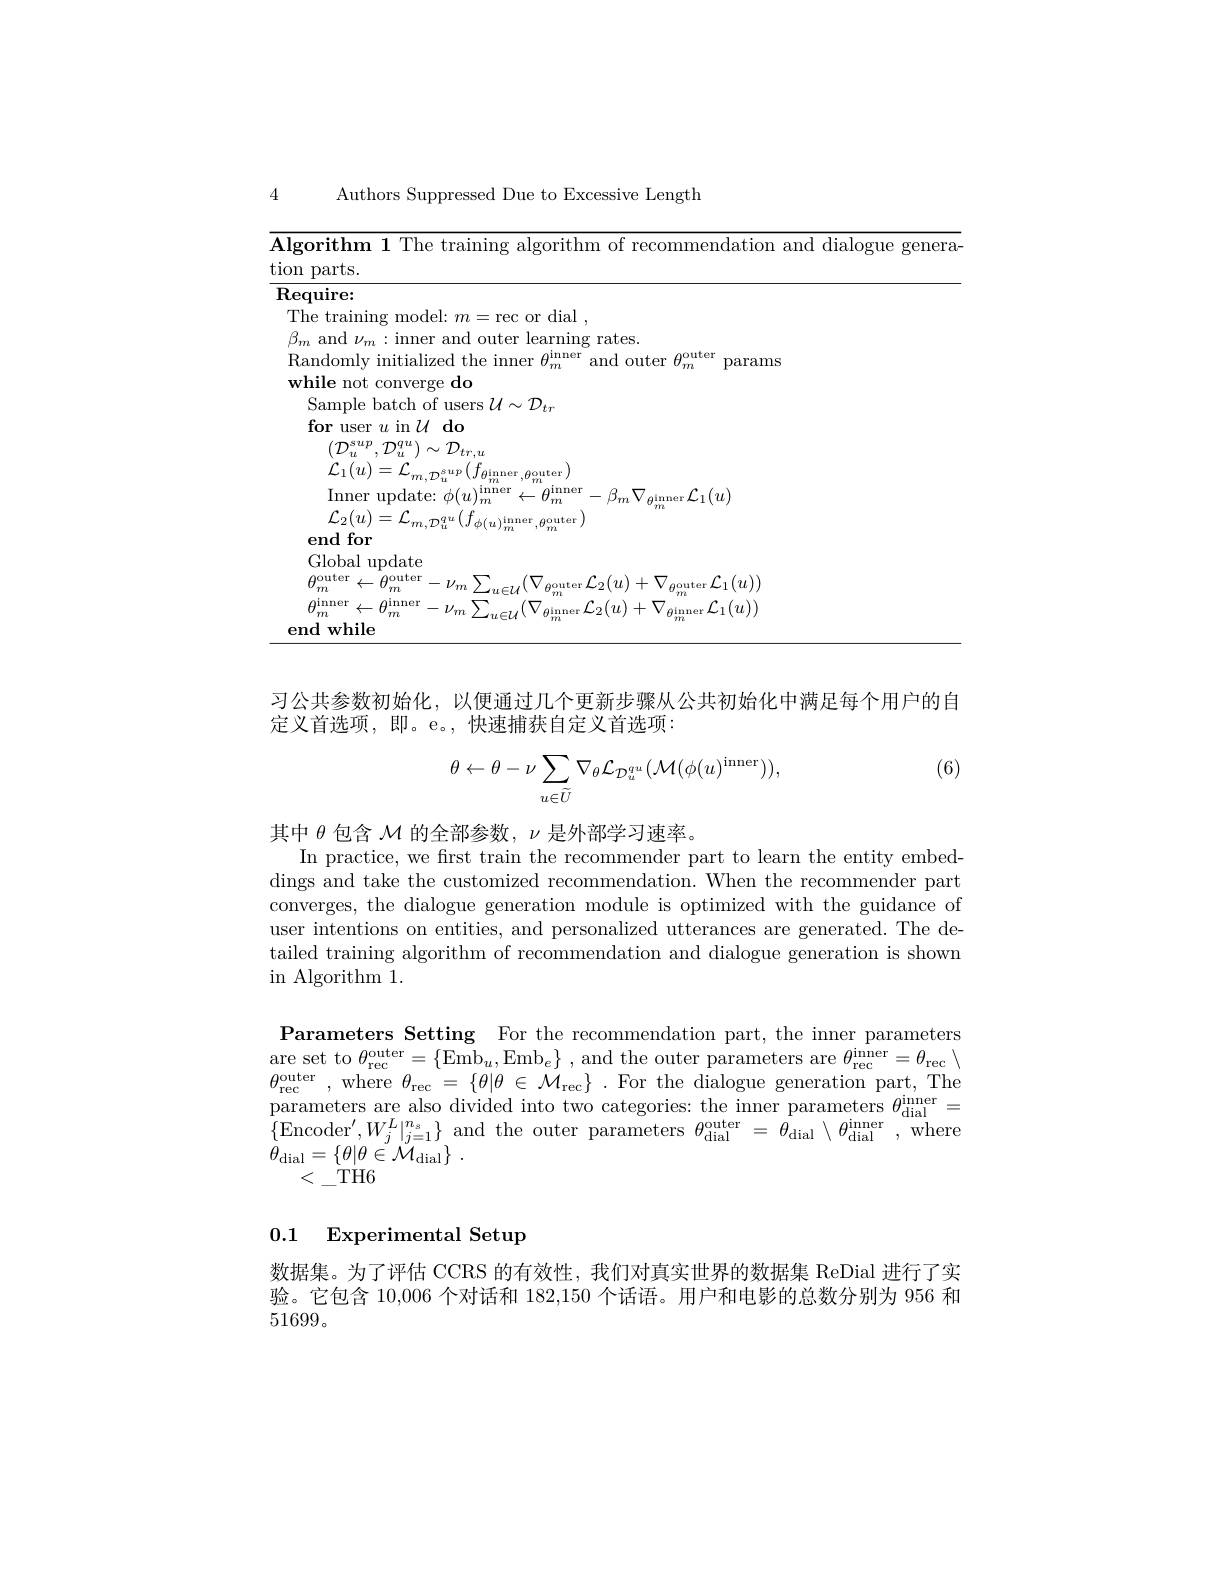
4

Authors Suppressed Due to Excessive Length
<table>
	<tbody>
		<tr>
			<td>$\textbf{lgorithm 1 The training algorithm of recommendation and dialog}$ on parts</td>
			<td>gen</td>
		</tr>
	</tbody>
</table>

习公共参数初始化，以便通过几个更新步骤从公共初始化中满足每个用户的自
定义首选项，即。e。,快速捕获自定义首选项：

(6)
$$\theta\leftarrow\theta-\nu\sum_{u\in\tilde{U}}\nabla_{\theta}\mathcal{L}_{\mathcal{D}_{u}^{qu}}(\mathcal{M}(\phi(u)^{\mathrm{inner}})),$$
其中$\theta$包含$\mathcal{M}$的全部参数，$\nu$是外部学习速率。
In practice, we first train the recommender part to learn the entity embeddings and take the customized recommendation. When the recommender part converges, the dialogue generation module is optimized with the guidance of user intentions on entities, and personalized utterances are generated. The detailed training algorithm of recommendation and dialogue generation is shown $\operatorname{in}$Algorithm1.

Parameters Setting For the recommendation part, the inner parameters are set to $\theta_{\mathrm{rec}}^{\mathrm{outer}}=\{\bar{\mathrm{Emb}}_{u}$,Emb$_e\}$,and the outer parameters are $\theta_{\mathrm{rec}}^{\mathrm{inner}}=\theta_{\mathrm{rec}}\setminus$ $\theta_{\mathrm{rec}}^{\mathrm{outer}}$,where$\theta_\mathrm{rec}=\{\theta|\theta\in\mathcal{M}_{\mathrm{rec}}\}.$For the dialogue generation part,The $\begin{array}{c}\text{parameters are also divided into two categories: the inner parameters }\theta_{\mathrm{dial}}^{\mathrm{inner}}=\\\end{array}$ $\{$Encoder$^\prime,W_{j}^{L}|_{j=1}^{n_{s}}\}$ and the outer parameters $\theta_\mathrm{dial}^{\mathrm{outer}}=\tilde{\theta}_\mathrm{dial}\setminus\theta_\mathrm{dial}^{\mathrm{inner}}$,where $\theta _{\mathrm{dial}}= \{ \theta | \theta \in {\tilde{\mathcal{M} } }_{\mathrm{dial}}\}$ .
$<\_$TH6

### 0.1 Experimental Setup

数据集。为了评估 CCRS 的有效性，我们对真实世界的数据集 ReDial 进行了实验。它包含10，006个对话和182，150个话语。用户和电影的总数分别为 956 和51699。